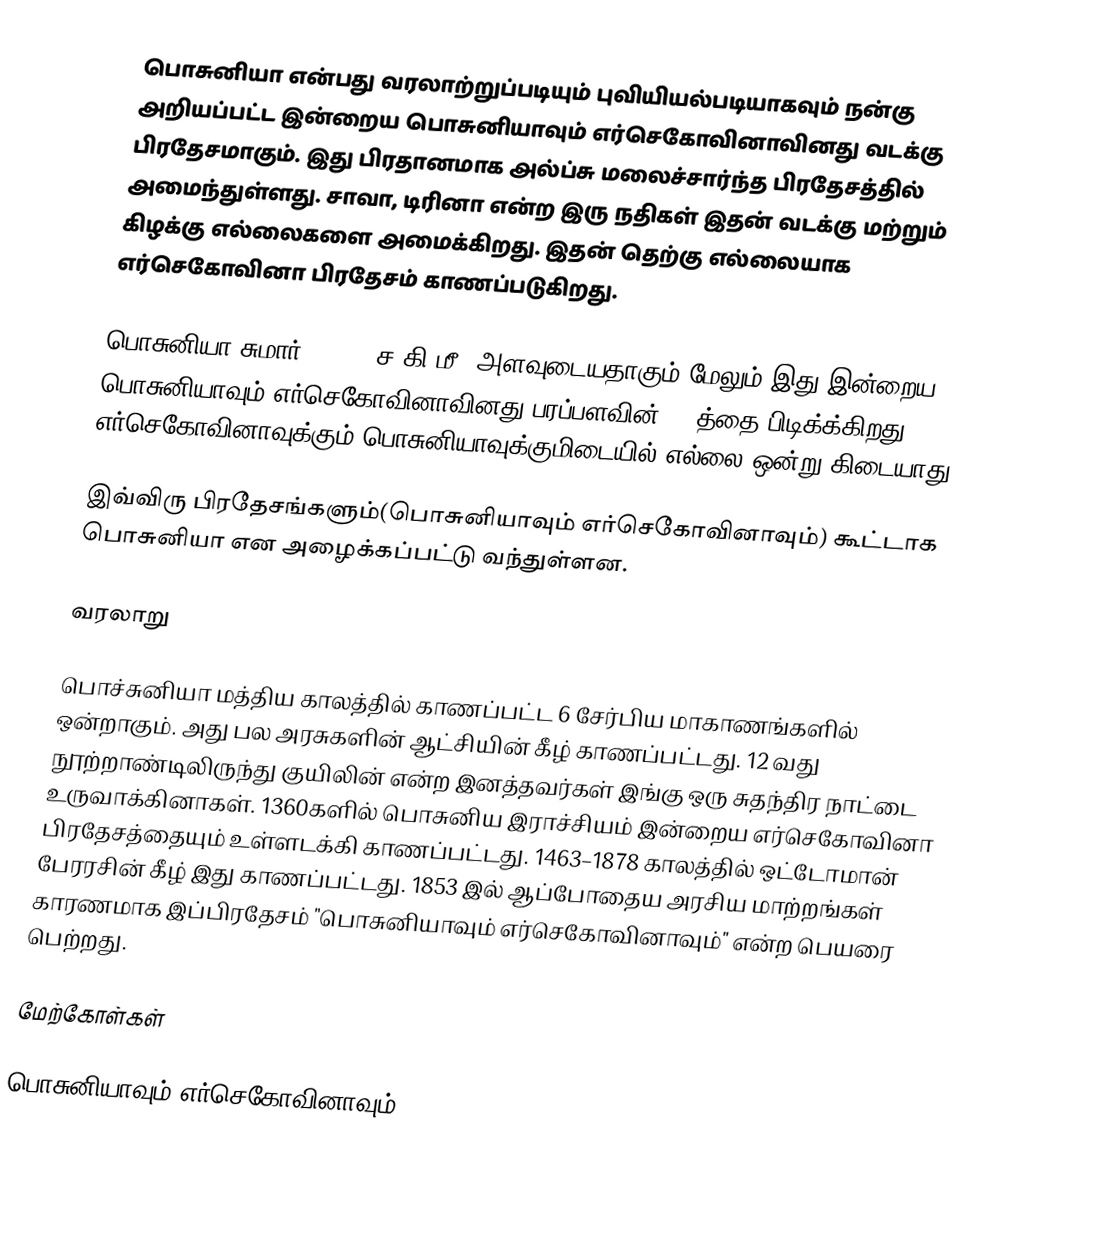
பொசுனியா என்பது வரலாற்றுப்படியும் புவியியல்படியாகவும் நன்கு அறியப்பட்ட இன்றைய பொசுனியாவும் எர்செகோவினாவினது வடக்கு பிரதேசமாகும். இது பிரதானமாக அல்ப்சு மலைச்சார்ந்த பிரதேசத்தில் அமைந்துள்ளது. சாவா, டிரினா என்ற இரு நதிகள் இதன் வடக்கு மற்றும் கிழக்கு எல்லைகளை அமைக்கிறது. இதன் தெற்கு எல்லையாக எர்செகோவினா பிரதேசம் காணப்படுகிறது.

பொசுனியா சுமார் 41,000 ச.கி.மீ. அளவுடையதாகும் மேலும் இது இன்றைய பொசுனியாவும் எர்செகோவினாவினது பரப்பளவின் 80%த்தை பிடிக்க்கிறது. எர்செகோவினாவுக்கும் பொசுனியாவுக்குமிடையில் எல்லை ஒன்று கிடையாது.

இவ்விரு பிரதேசங்களும்(பொசுனியாவும் எர்செகோவினாவும்) கூட்டாக பொசுனியா என அழைக்கப்பட்டு வந்துள்ளன.

வரலாறு

பொச்சுனியா மத்திய காலத்தில் காணப்பட்ட 6 சேர்பிய மாகாணங்களில் ஒன்றாகும். அது பல அரசுகளின் ஆட்சியின் கீழ் காணப்பட்டது. 12 வது நூற்றாண்டிலிருந்து குயிலின் என்ற இனத்தவர்கள் இங்கு ஒரு சுதந்திர நாட்டை உருவாக்கினாகள். 1360களில் பொசுனிய இராச்சியம் இன்றைய எர்செகோவினா பிரதேசத்தையும் உள்ளடக்கி காணப்பட்டது. 1463–1878 காலத்தில் ஒட்டோமான் பேரரசின் கீழ் இது காணப்பட்டது. 1853 இல் ஆப்போதைய அரசிய மாற்றங்கள் காரணமாக இப்பிரதேசம் "பொசுனியாவும் எர்செகோவினாவும்" என்ற பெயரை பெற்றது.

மேற்கோள்கள்

பொசுனியாவும் எர்செகோவினாவும்